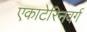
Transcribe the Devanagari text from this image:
एकाटेरिनवर्ग